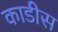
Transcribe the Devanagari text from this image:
काडीस